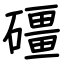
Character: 礓